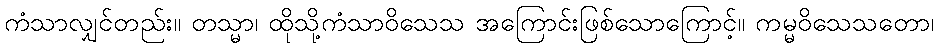
ကံသာလျှင်တည်း။ တသ္မာ၊ ထိုသို့ကံသာဝိသေသ အကြောင်းဖြစ်သောကြောင့်။ ကမ္မဝိသေသတော၊